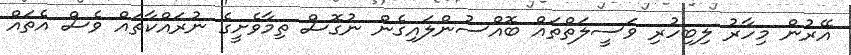
އޭރުން މިހާރު ލިބިހުރި ވަސީލަތްތައް ބޮއްސުންލައިގެން ނުގޮސް ތިމާވެށީގެ ނުރައްކާތައް ވެސް އެތައް